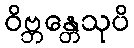
ဝိဗ္ဘန္တေသုပိ